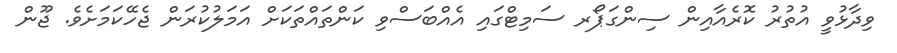
ވިދާޅުވީ އުތުރު ކޮރެއާއިން ސިންގަޕޯރ ސަމިޓްގައި އެއްބަސްވި ކަންތައްތަކަށް އަމަލުކުރަން ޖެހޭކަމަށެވެ. ޖޫން